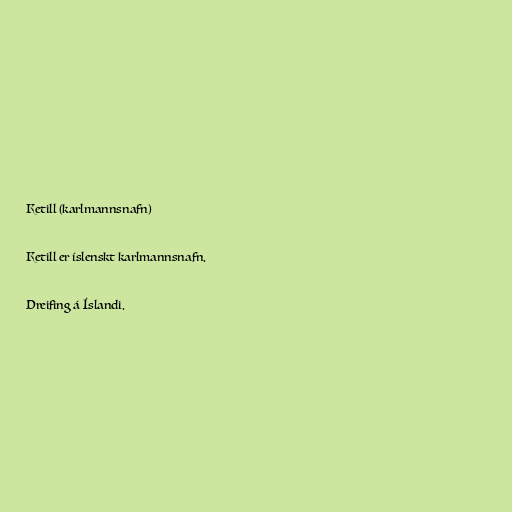
Ketill (karlmannsnafn)

Ketill er íslenskt karlmannsnafn.

Dreifing á Íslandi.